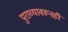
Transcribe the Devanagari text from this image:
पुराव्यावरूनही